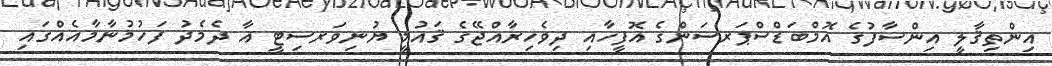
އިންތިޤާލީ އިންސާފުގެ އޮމްބަޑްސްޕަރސަންގެ އޮފީހާއި ދިވެހިރާއްޖޭގެ ޤައުމީ ޔުނިވަރސިޓީ އާ ދެމެދު ފަހުމުނާމާއެއްގައި